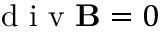
\mathrm { ~ d ~ i ~ v ~ } \mathbf { B } = 0